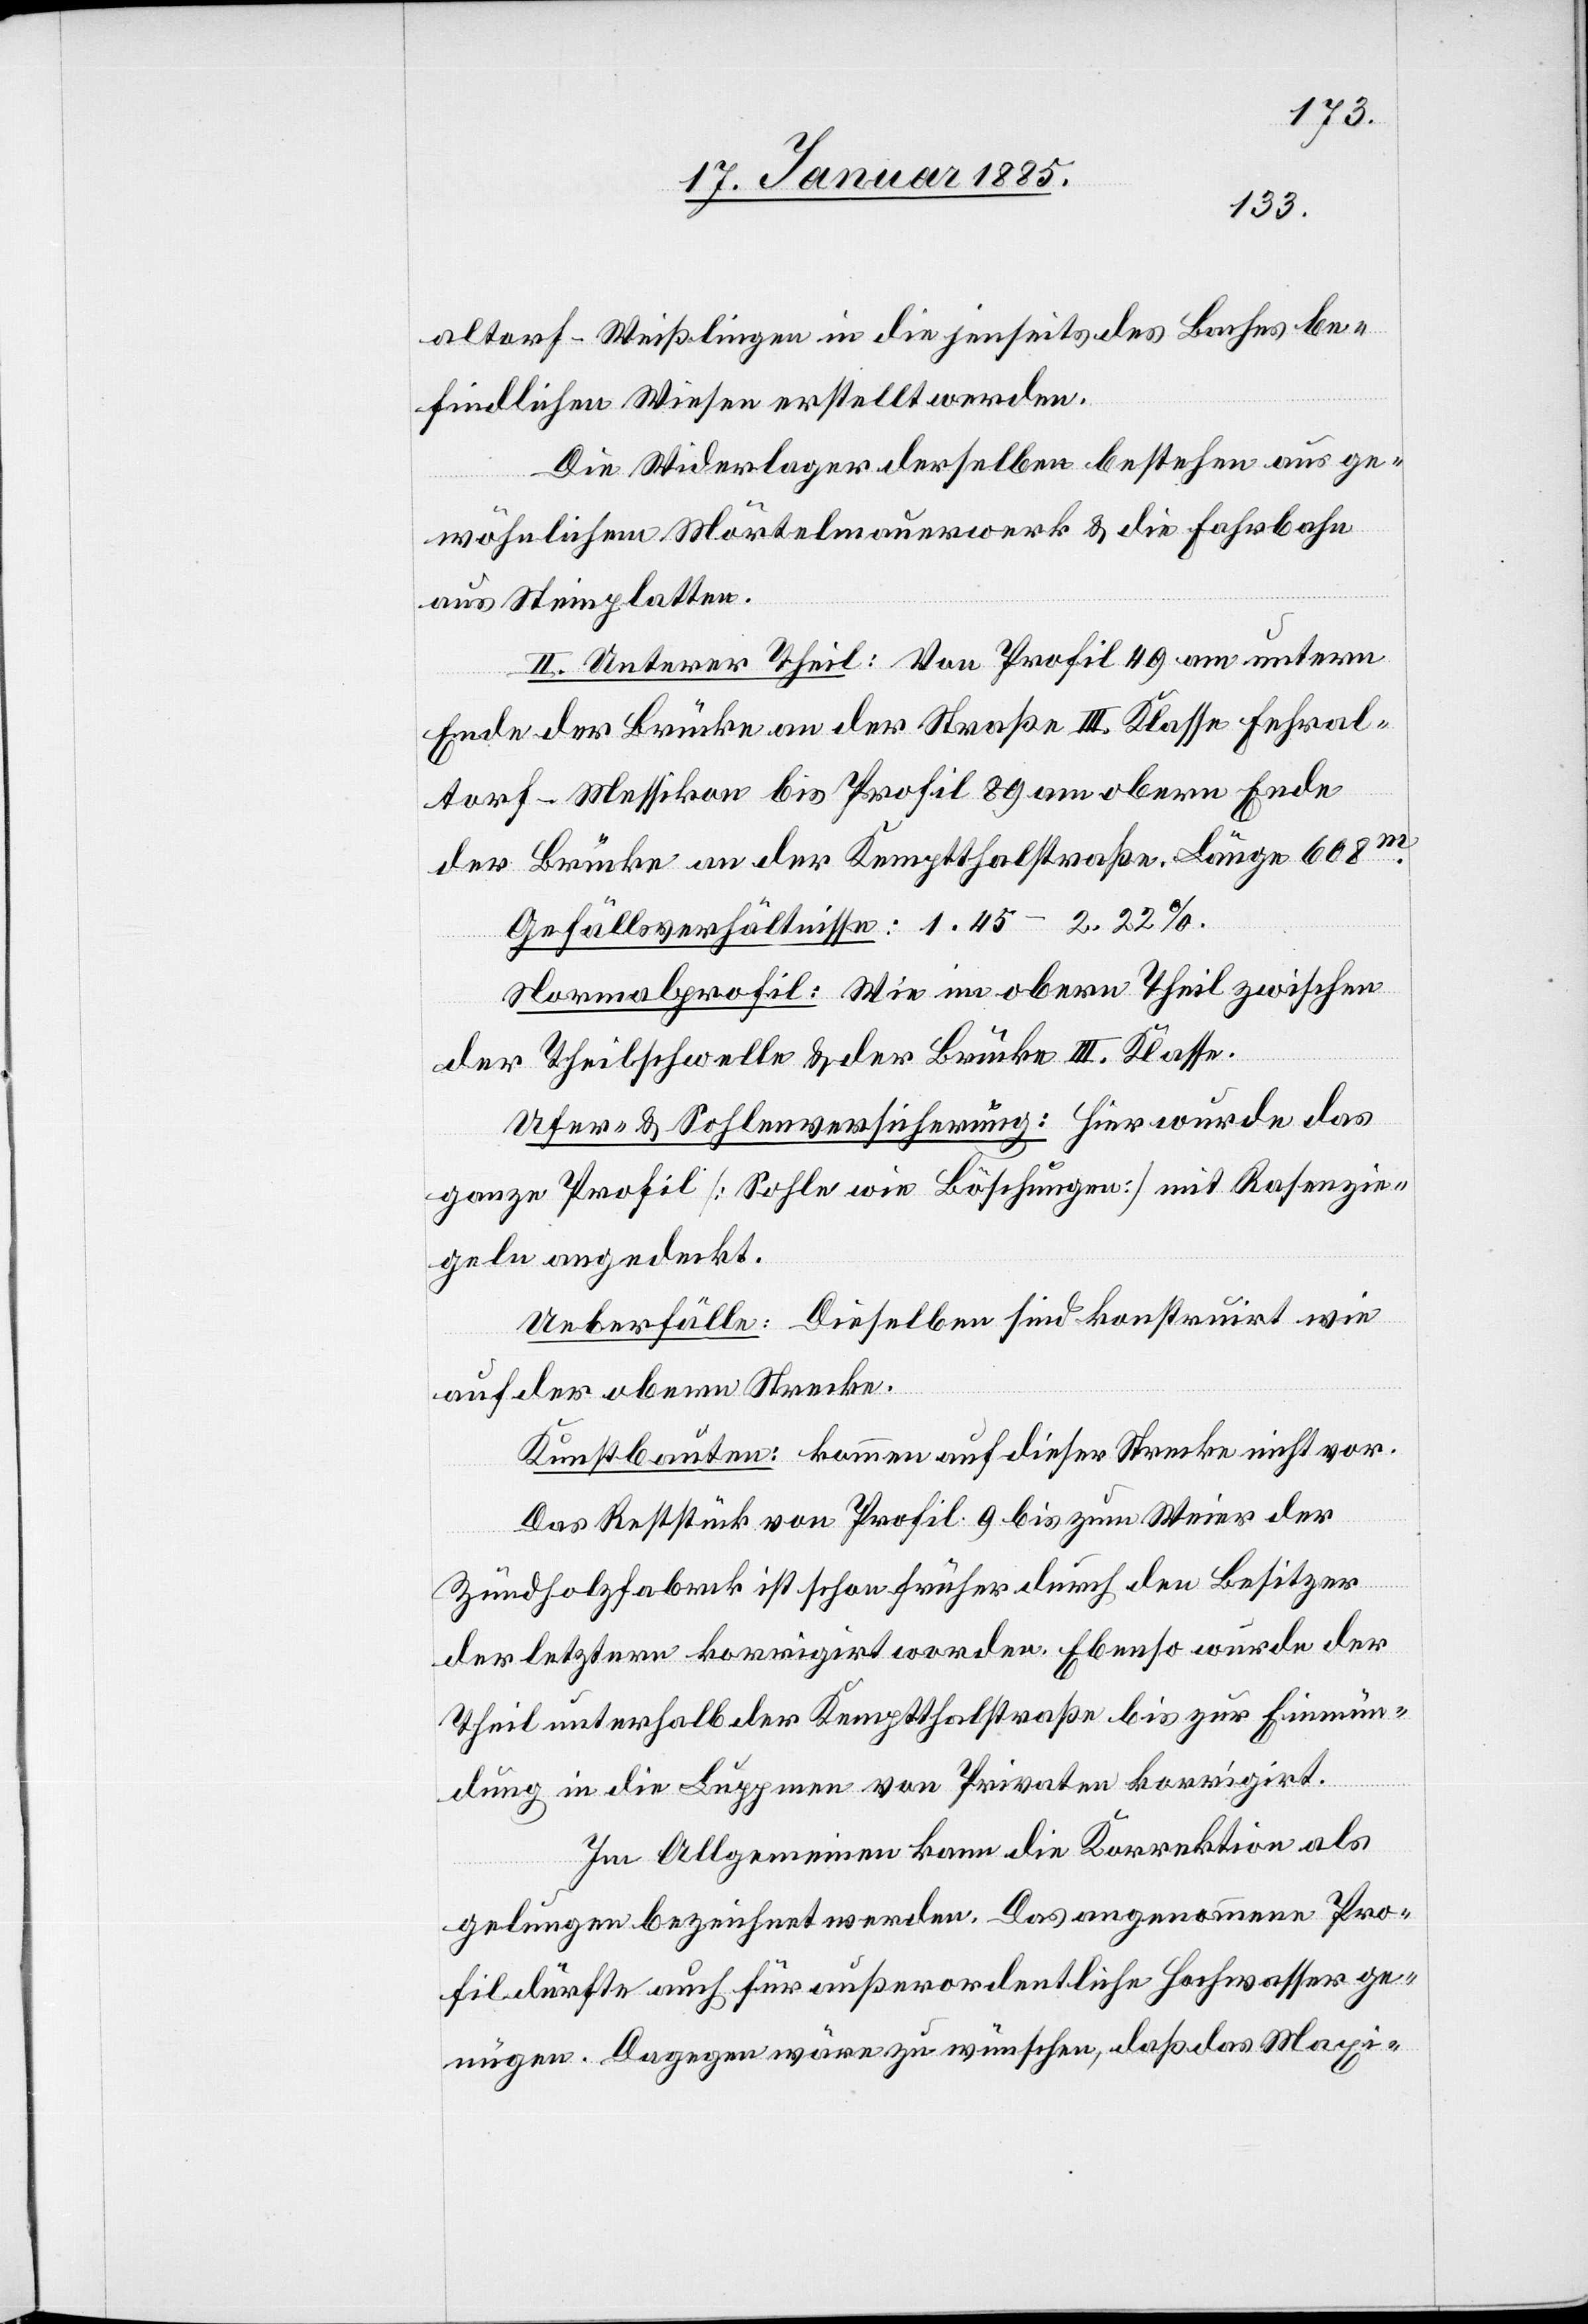
altorf–Weißlingen in die jenseits des Baches be¬
findlichen Wiesen erstellt werden.
Die Widerlager derselben bestehen aus ge¬
wöhnlichen Mörtelmauerwerk & die Fahrbahn
aus Steinplatten.
II. Unterer Theil: Von Profil 49 am untern
Ende der Brücke an der Straße III. Klasse Fehral¬
torf–Messikon bis Profil 89 am obern Ende
der Brücke an der Kemptthalstraße. Länge 608 m.
Gefällsverhältnisse: 1.45–2.22%.
Normalprofil: Wie im obern Theil zwischen
der Theilschwelle & der Brücke III. Klasse.
Ufer- & Sohlenversicherung: Hier wurde das
ganze Profil [Sohle wie Böschungen] mit Rasenzie¬
geln angedeckt.
Ueberfälle: Dieselben sind konstruirt wie
auf der obern Strecke.
Kunstbauten: kommen auf dieser Strecke nicht vor.
Das Reststück von Profil 9 bis zum Weier der
Zundholzfabrik ist schon früher durch den Besitzer
der letztern korrigirt worden. Ebenso wurde der
Theil unterhalb der Kemptthalstraße bis zur Einmün¬
dung in die Luppmen von Privaten korrigirt.
Im Allgemeinen kann die Korrektion als
gelungen bezeichnet werden. Das angenommene Pro¬
fil dürfte auch für außerordentliche Bachwasser ge¬
nügen. Dagegen wäre zu wünschen, daß das Maxi-